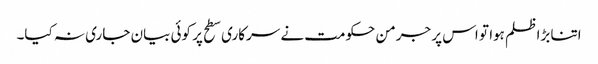
اتنا بڑا ظلم ہوا تو اس پر جرمن حکومت نے سرکاری سطح پر کوئی بیان جاری نہ کیا۔